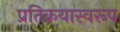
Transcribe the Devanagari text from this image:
प्रतिक्रयास्वरूप